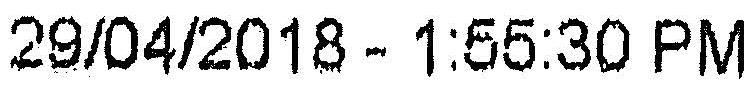
29/04/2018 - 1:55:30 PM